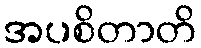
အပစိတာတိ